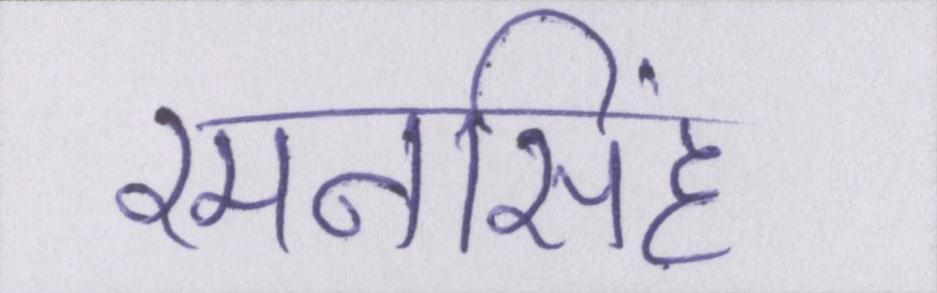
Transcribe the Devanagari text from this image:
रमनसिंह